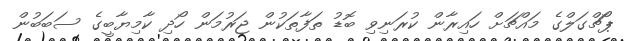
ޕޯޗްގަލްގެ މައްޗަށް ހައިރާން ކުރަނިވި ބޮޑު ތަފާތަކުން ޖަރުމަން ހޯދި ކާމިޔާބީގެ ސަބަބުން